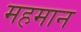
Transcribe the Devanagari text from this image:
महमान